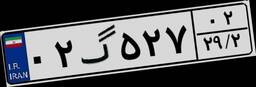
۰۲گ۵۲۷۰۲